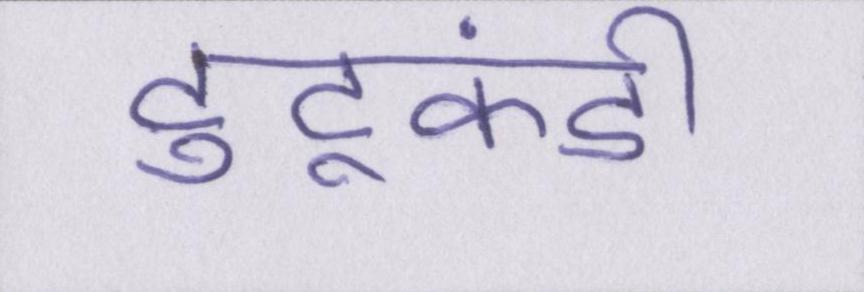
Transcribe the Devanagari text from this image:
टुटूकंडी